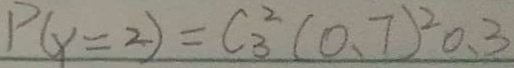
P ( x = 2 ) = C _ { 3 } ^ { 2 } ( 0 . 7 ) ^ { 2 } 0 . 3